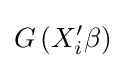
G\left(X'_{i}\beta \right)